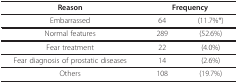
<table><thead><tr><td><b>Reason</b></td><td colspan="2"><b>Frequency</b></td></tr></thead><tbody><tr><td>Embarrassed</td><td>64</td><td>(11.7%*)</td></tr><tr><td>Normal features</td><td>289</td><td>(52.6%)</td></tr><tr><td>Fear treatment</td><td>22</td><td>(4.0%)</td></tr><tr><td>Fear diagnosis of prostatic diseases</td><td>14</td><td>(2.6%)</td></tr><tr><td>Others</td><td>108</td><td>(19.7%)</td></tr></tbody></table>